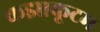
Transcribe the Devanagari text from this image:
कझाकूटम